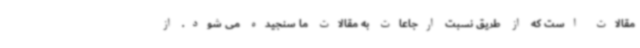
مقالات است که از طریق نسبت ارجاعات به مقالات ما سنجیده می شود. از